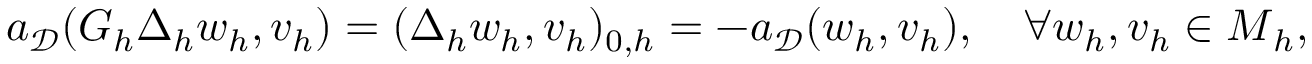
a _ { \mathcal { D } } ( \boldsymbol { G } _ { h } \boldsymbol { \Delta } _ { h } \boldsymbol { w } _ { h } , \boldsymbol { v } _ { h } ) = ( \boldsymbol { \Delta } _ { h } \boldsymbol { w } _ { h } , \boldsymbol { v } _ { h } ) _ { 0 , h } = - a _ { \mathcal { D } } ( \boldsymbol { w } _ { h } , \boldsymbol { v } _ { h } ) , \quad \forall \boldsymbol { w } _ { h } , \boldsymbol { v } _ { h } \in \boldsymbol { M } _ { h } ,